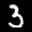
Label: 3